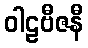
ဝါဠဗီဇနီ